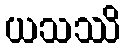
ယသဿိ